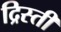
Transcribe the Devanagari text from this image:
द्रिस्ती